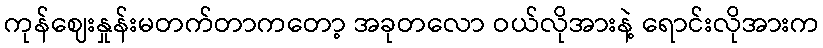
ကုန်ဈေးနှုန်းမတက်တာကတော့ အခုတလော ဝယ်လိုအားနဲ့ ရောင်းလိုအားက